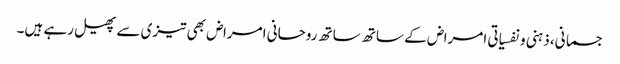
جسمانی، ذہنی ونفسیاتی امراض کے ساتھ ساتھ روحانی امراض بھی تیزی سے پھیل رہے ہیں۔